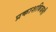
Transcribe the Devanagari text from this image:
प्रकाशबिजली